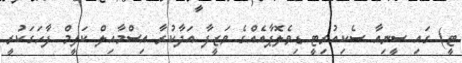
ޓީ) ގައި ސީނިއާ ސެކިއުރިޓީ ޑިވެލޮޕާއެއްގެ ވަޒީފާ އަދާކުރާ އިސްމާއިލް ކަލީމް ފާހަގަކުރީ